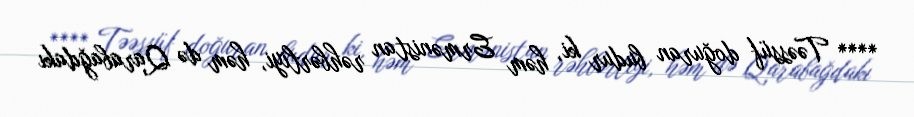
**** Təəssüf doğuran budur ki, həm Ermənistan rəhbərliyi, həm də Qarabağdakı